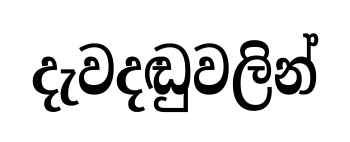
දැවදඬුවලින්